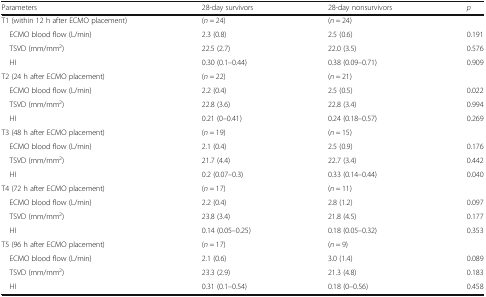
| Parameters | 28-day survivors | 28-day nonsurvivors | p |
 | --- | --- | --- | --- |
 | T1 (within 12 h after ECMO placement) | (n = 24) | (n = 24) |  |
 | ECMO blood flow (L/min) | 2.3 (0.8) | 2.5 (0.6) | 0.191 |
 | TSVD (mm/mm2) | 22.5 (2.7) | 22.0 (3.5) | 0.576 |
 | HI | 0.30 (0.1–0.44) | 0.38 (0.09–0.71) | 0.909 |
 | T2 (24 h after ECMO placement) | (n = 22) | (n = 21) |  |
 | ECMO blood flow (L/min) | 2.2 (0.4) | 2.5 (0.5) | 0.022 |
 | TSVD (mm/mm2) | 22.8 (3.6) | 22.8 (3.4) | 0.994 |
 | HI | 0.21 (0–0.41) | 0.24 (0.18–0.57) | 0.269 |
 | T3 (48 h after ECMO placement) | (n = 19) | (n = 15) |  |
 | ECMO blood flow (L/min) | 2.1 (0.4) | 2.5 (0.9) | 0.176 |
 | TSVD (mm/mm2) | 21.7 (4.4) | 22.7 (3.4) | 0.442 |
 | HI | 0.2 (0.07–0.3) | 0.33 (0.14–0.44) | 0.040 |
 | T4 (72 h after ECMO placement) | (n = 17) | (n = 11) |  |
 | ECMO blood flow (L/min) | 2.2 (0.4) | 2.8 (1.2) | 0.097 |
 | TSVD (mm/mm2) | 23.8 (3.4) | 21.8 (4.5) | 0.177 |
 | HI | 0.14 (0.05–0.25) | 0.18 (0.05–0.32) | 0.353 |
 | T5 (96 h after ECMO placement) | (n = 17) | (n = 9) |  |
 | ECMO blood flow (L/min) | 2.1 (0.6) | 3.0 (1.4) | 0.089 |
 | TSVD (mm/mm2) | 23.3 (2.9) | 21.3 (4.8) | 0.183 |
 | HI | 0.31 (0.1–0.54) | 0.18 (0–0.56) | 0.458 |